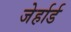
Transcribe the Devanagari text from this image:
जेर्हार्ड